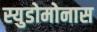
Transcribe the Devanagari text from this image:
स्युडोमोनास